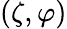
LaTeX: (\zeta,\varphi)